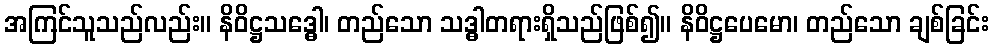
အကြင်သူသည်လည်း။ နိဝိဋ္ဌသဒ္ဓေါ၊ တည်သော သဒ္ဓါတရားရှိသည်ဖြစ်၍။ နိဝိဋ္ဌပေမော၊ တည်သော ချစ်ခြင်း